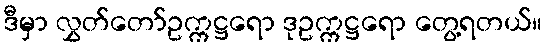
ဒီမှာ လွှတ်တော်ဥက္ကဋ္ဌရော ဒုဥက္ကဋ္ဌရော တွေ့ရတယ်။